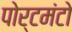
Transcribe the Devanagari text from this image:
पोर्टमंटो